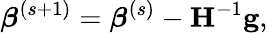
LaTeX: {\boldsymbol{\beta}}^{(s+1)}={\boldsymbol{\beta}}^{(s)}-\mathbf{H}^{-1}\mathbf{g},